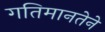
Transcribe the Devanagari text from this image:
गतिमानतेने